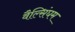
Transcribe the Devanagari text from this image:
वैल्सिंघम